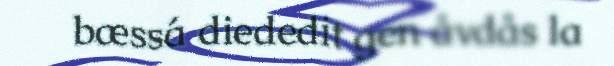
bæssá diededit gen åvdås la